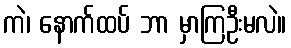
ကဲ၊ နောက်ထပ် ဘာ မှာကြဦးမလဲ။